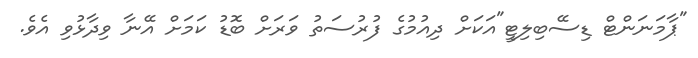
"ޕާމަނަންޓް ޑިސޭބިލިޓީ"އަކަށް ދިއުމުގެ ފުރުސަތު ވަރަށް ބޮޑު ކަމަށް އޭނާ ވިދާޅުވި އެވެ.